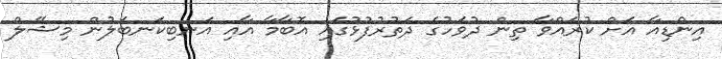
އިންޑިއާ އަށް ކުރައްވާ ތިން ދުވަހުގެ ދަތުރުފުޅުގައި އޮބާމާ އާއި އަނބިކަނބަލުން މިޝޭލް